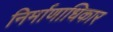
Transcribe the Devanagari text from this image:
निर्माणाधिकार